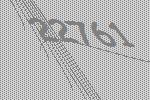
22761